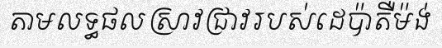
តាមលទ្ធផលស្រាវជ្រាវរបស់ដេប៉ាតឺម៉ង់